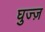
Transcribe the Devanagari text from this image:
घुज्ज़